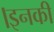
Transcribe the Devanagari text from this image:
।इनकी